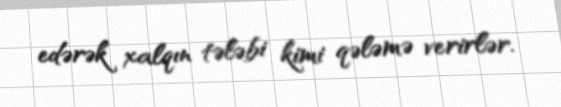
edərək xalqın tələbi kimi qələmə verirlər.